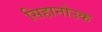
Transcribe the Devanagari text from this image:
सिहानोउक